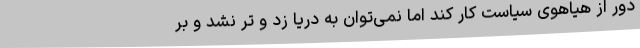
دور از هیاهوی سیاست کار کند اما نمی‌توان به دریا زد و تر نشد و بر